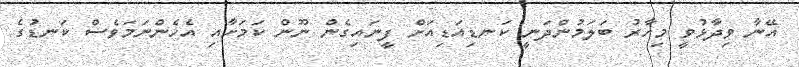
އޭނާ ވިދާޅުވީ މިހާރު ބަލަމުންދަނީ ކަނޑިއަޑިއަށް ފީނައިގެން ނޫން ކަމަށާއި އެހެންނަމަވެސް ކަނޑުގެ